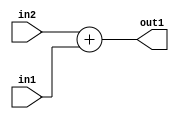
`timescale 1ps / 1ps
/*****************************************************************************
    Verilog RTL Description
    
    
    Created by: Stratus DpOpt 21.05.01 
*******************************************************************************/

module SobelFilter_Add_32Ux32U_32U_1 (
	in2,
	in1,
	out1
	); /* architecture "behavioural" */ 
input [31:0] in2,
	in1;
output [31:0] out1;
wire [31:0] asc001;

assign asc001 = 
	+(in2)
	+(in1);

assign out1 = asc001;
endmodule

/* CADENCE  urn4QgE= : u9/ySxbfrwZIxEzHVQQV8Q== ** DO NOT EDIT THIS LINE ******/